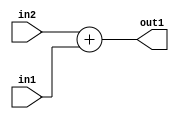
`timescale 1ps / 1ps
/*****************************************************************************
    Verilog RTL Description
    
    
    Created by: Stratus DpOpt 21.05.01 
*******************************************************************************/

module SobelFilter_Add_32Ux32U_32U_1 (
	in2,
	in1,
	out1
	); /* architecture "behavioural" */ 
input [31:0] in2,
	in1;
output [31:0] out1;
wire [31:0] asc001;

assign asc001 = 
	+(in2)
	+(in1);

assign out1 = asc001;
endmodule

/* CADENCE  urn4QgE= : u9/ySxbfrwZIxEzHVQQV8Q== ** DO NOT EDIT THIS LINE ******/